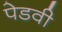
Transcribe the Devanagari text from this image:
पेडवी